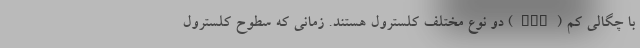
با چگالی کم (LDL) دو نوع مختلف کلسترول هستند. زمانی که سطوح کلسترول